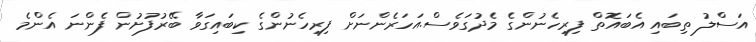
އަސްލު ތިބައި އެބައޮތް ފިރިހެނުންގެ މެދުގަވެސް.އަހަރެންނަށް ފިރިހެނުންގެ ކިބައިގަވާ ބޭރުފުށުން ފެންނަ އެންމެ